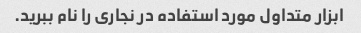
ابزار متداول مورد استفاده در نجاری را نام ببرید.